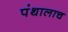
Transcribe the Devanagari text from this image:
पंथालाच